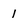
Character: 1